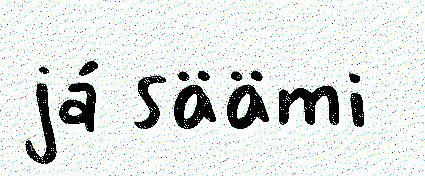
já säämi